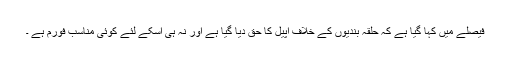
فیصلے میں کہا گیا ہے کہ حلقہ بندیوں کے خلاف اپیل کا حق دیا گیا ہے اور نہ ہی اسکے لئے کوئی مناسب فورم ہے ۔